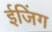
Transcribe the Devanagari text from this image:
ईजिंग